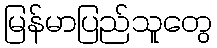
မြန်မာပြည်သူတွေ